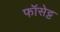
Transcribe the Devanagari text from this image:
फॉसेट्ट